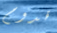
قدوم